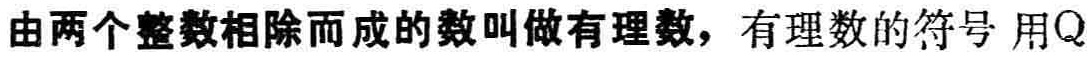
由两个整数相除而成的数叫做有理数，有理数的符号 用\(\mathbb{Q}\)